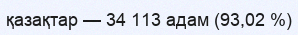
қазақтар — 34 113 адам (93,02 %)